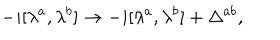
LaTeX: - i [ \lambda ^ { a } , \lambda ^ { b } ] \rightarrow - i [ \lambda ^ { a } , \lambda ^ { b } ] + \Delta ^ { a b } ,